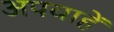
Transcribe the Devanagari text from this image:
अपवाहें